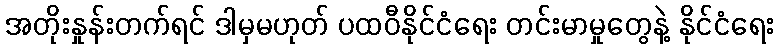
အတိုးနှုန်းတက်ရင် ဒါမှမဟုတ် ပထဝီနိုင်ငံရေး တင်းမာမှုတွေနဲ့ နိုင်ငံရေး